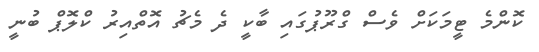
ކޮންމެ ޓީމަކަށް ވެސް ގްރޫޕުގައި ބާކީ ދެ މެޗު އޮތްއިރު ކްލޮޕް ބުނީ